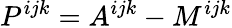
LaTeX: P^{ijk}=A^{ijk}-M^{ijk}